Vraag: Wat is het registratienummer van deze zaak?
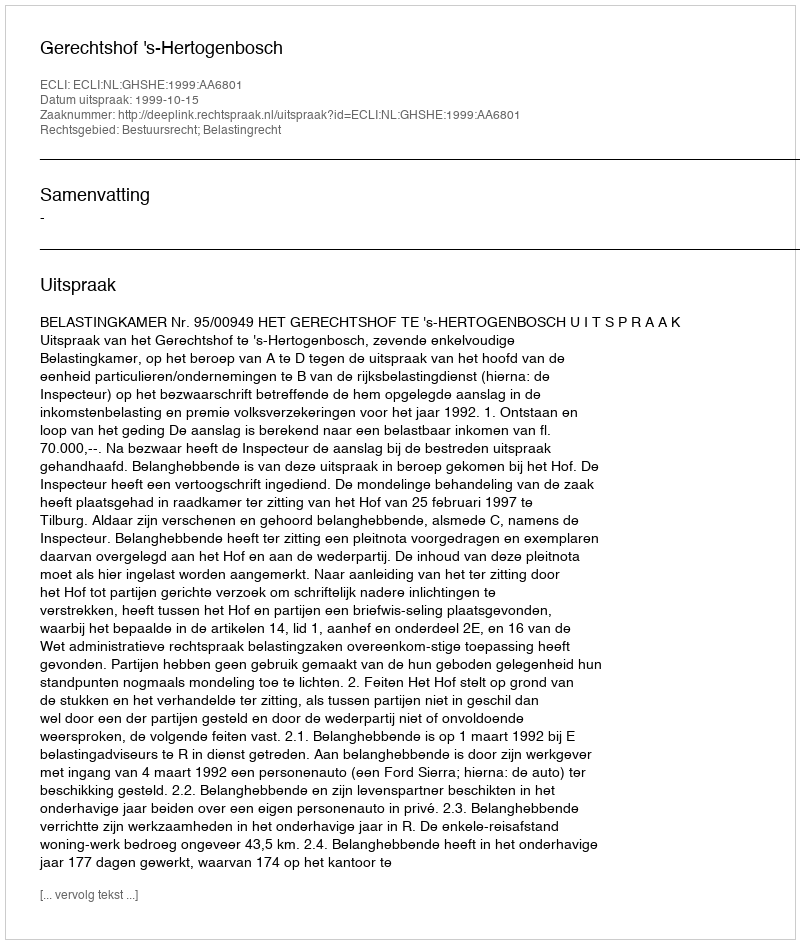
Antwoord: http://deeplink.rechtspraak.nl/uitspraak?id=ECLI:NL:GHSHE:1999:AA6801